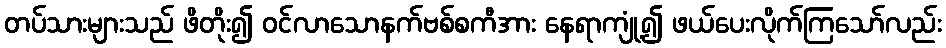
တပ်သားများသည် ဖိတိုး၍ ဝင်လာသောနက်ဗစ်စကီအား နေရာကျုံ့၍ ဖယ်ပေးလိုက်ကြသော်လည်း